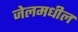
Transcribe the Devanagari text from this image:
जेलमधील